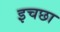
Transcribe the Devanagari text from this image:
इचछा